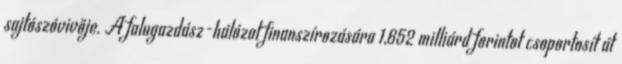
sajtószóvivője. A falugazdász-hálózat finanszírozására 1,652 milliárd forintot csoportosít át